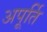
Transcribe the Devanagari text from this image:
अपूर्ति